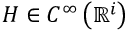
H \in C ^ { \infty } \left( \mathbb { R } ^ { i } \right)